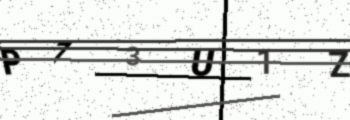
Text: P73U1Z